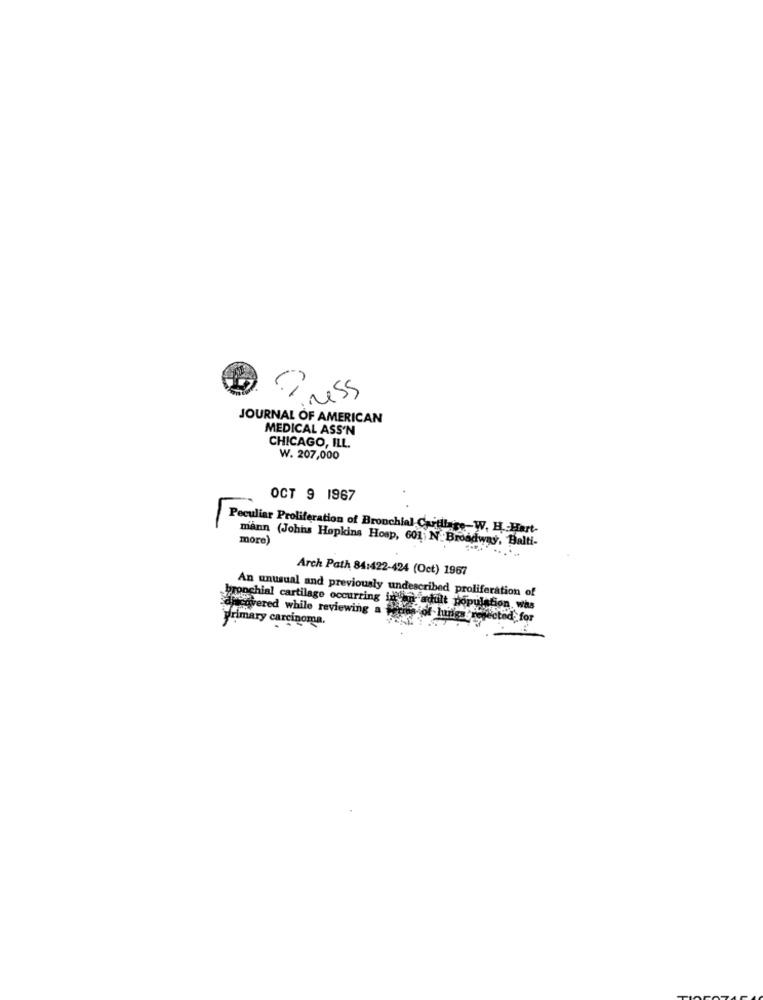
Press
JOURNAL OF AMERICAN
MEDICAL ASS'N
CHICAGO, ILL.
W. 207,000
OCT 9 1967
Peculiar Proliferation of Bronchial Cartilage-W. H. Hart-
mann (Johns Hopkins Hosp, 601; N. Broadway, Balti-
more)
Arch Path 84:422-424 (Oct) 1967
An unusual and previously undescribed proliferation of
bronchial cartilage occurring in'an adult population, was
Famcovered while reviewing a tre
Primary carcinoma.